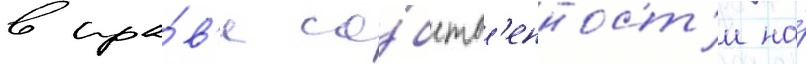
в пра́в'е со́бств'енност'и на́